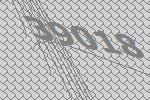
39018